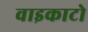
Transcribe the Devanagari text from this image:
वाइकाटो